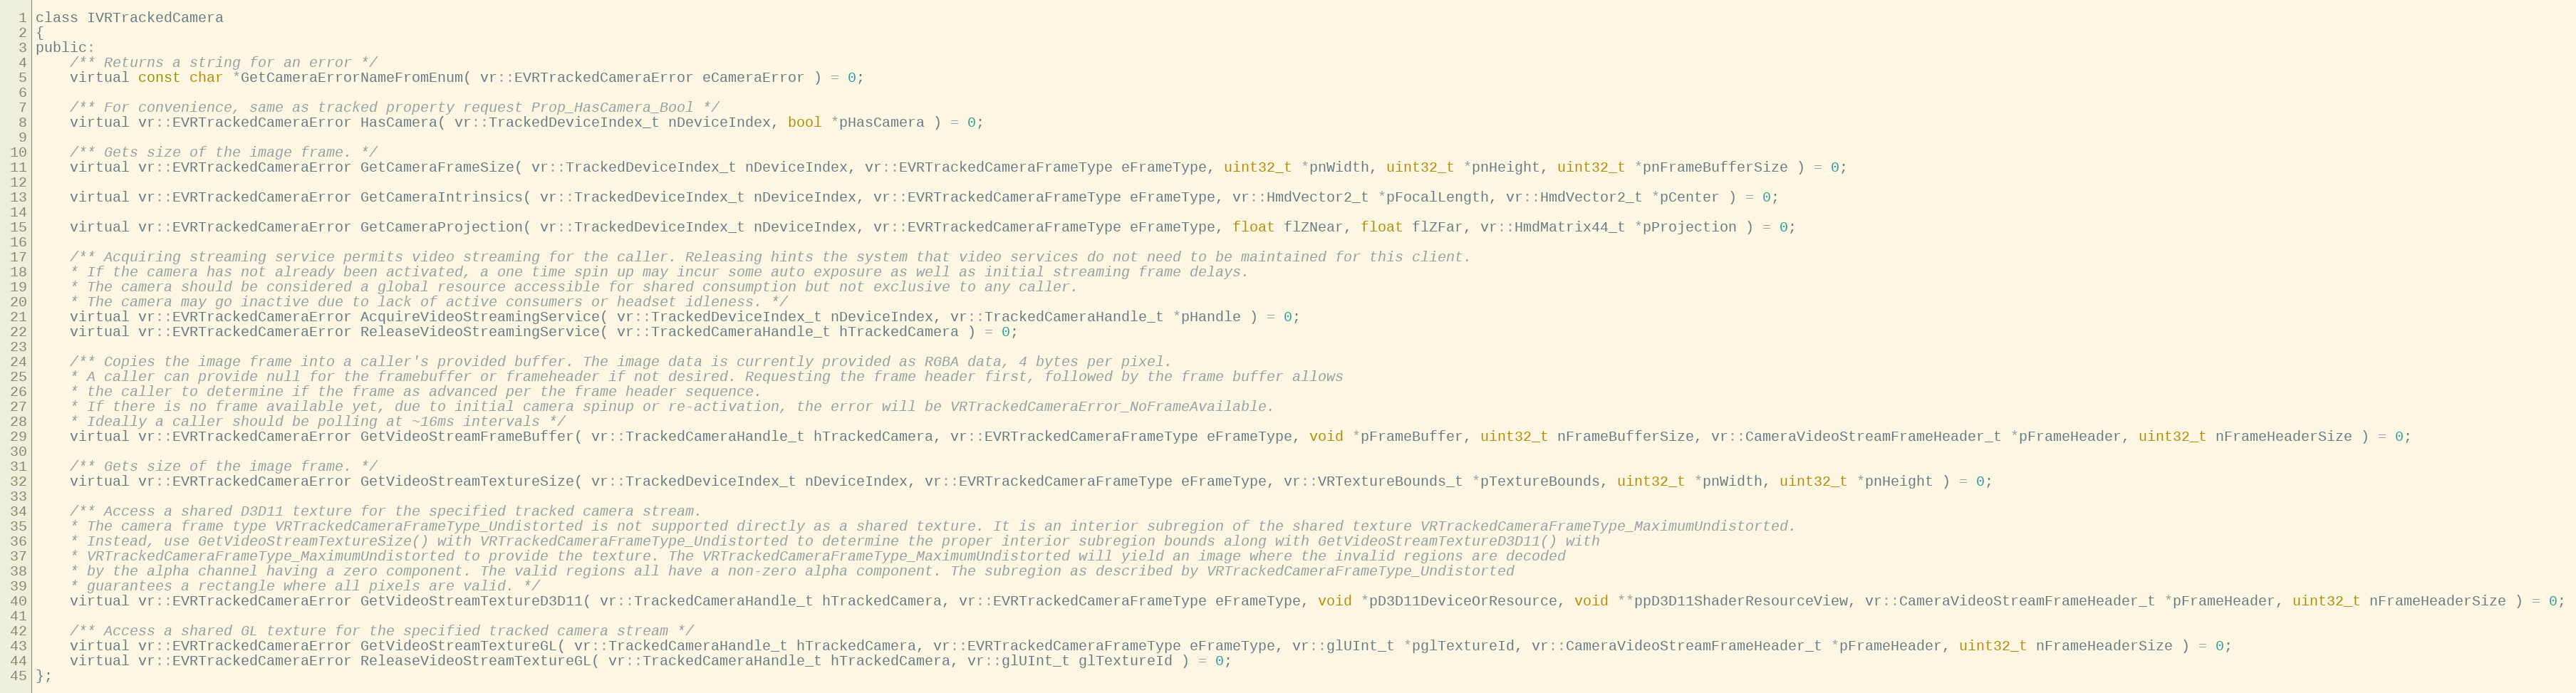
Language: C
class IVRTrackedCamera
{
public:
	/** Returns a string for an error */
	virtual const char *GetCameraErrorNameFromEnum( vr::EVRTrackedCameraError eCameraError ) = 0;

	/** For convenience, same as tracked property request Prop_HasCamera_Bool */
	virtual vr::EVRTrackedCameraError HasCamera( vr::TrackedDeviceIndex_t nDeviceIndex, bool *pHasCamera ) = 0;

	/** Gets size of the image frame. */
	virtual vr::EVRTrackedCameraError GetCameraFrameSize( vr::TrackedDeviceIndex_t nDeviceIndex, vr::EVRTrackedCameraFrameType eFrameType, uint32_t *pnWidth, uint32_t *pnHeight, uint32_t *pnFrameBufferSize ) = 0;

	virtual vr::EVRTrackedCameraError GetCameraIntrinsics( vr::TrackedDeviceIndex_t nDeviceIndex, vr::EVRTrackedCameraFrameType eFrameType, vr::HmdVector2_t *pFocalLength, vr::HmdVector2_t *pCenter ) = 0;

	virtual vr::EVRTrackedCameraError GetCameraProjection( vr::TrackedDeviceIndex_t nDeviceIndex, vr::EVRTrackedCameraFrameType eFrameType, float flZNear, float flZFar, vr::HmdMatrix44_t *pProjection ) = 0;

	/** Acquiring streaming service permits video streaming for the caller. Releasing hints the system that video services do not need to be maintained for this client.
	* If the camera has not already been activated, a one time spin up may incur some auto exposure as well as initial streaming frame delays.
	* The camera should be considered a global resource accessible for shared consumption but not exclusive to any caller.
	* The camera may go inactive due to lack of active consumers or headset idleness. */
	virtual vr::EVRTrackedCameraError AcquireVideoStreamingService( vr::TrackedDeviceIndex_t nDeviceIndex, vr::TrackedCameraHandle_t *pHandle ) = 0;
	virtual vr::EVRTrackedCameraError ReleaseVideoStreamingService( vr::TrackedCameraHandle_t hTrackedCamera ) = 0;

	/** Copies the image frame into a caller's provided buffer. The image data is currently provided as RGBA data, 4 bytes per pixel.
	* A caller can provide null for the framebuffer or frameheader if not desired. Requesting the frame header first, followed by the frame buffer allows
	* the caller to determine if the frame as advanced per the frame header sequence.
	* If there is no frame available yet, due to initial camera spinup or re-activation, the error will be VRTrackedCameraError_NoFrameAvailable.
	* Ideally a caller should be polling at ~16ms intervals */
	virtual vr::EVRTrackedCameraError GetVideoStreamFrameBuffer( vr::TrackedCameraHandle_t hTrackedCamera, vr::EVRTrackedCameraFrameType eFrameType, void *pFrameBuffer, uint32_t nFrameBufferSize, vr::CameraVideoStreamFrameHeader_t *pFrameHeader, uint32_t nFrameHeaderSize ) = 0;

	/** Gets size of the image frame. */
	virtual vr::EVRTrackedCameraError GetVideoStreamTextureSize( vr::TrackedDeviceIndex_t nDeviceIndex, vr::EVRTrackedCameraFrameType eFrameType, vr::VRTextureBounds_t *pTextureBounds, uint32_t *pnWidth, uint32_t *pnHeight ) = 0;

	/** Access a shared D3D11 texture for the specified tracked camera stream.
	* The camera frame type VRTrackedCameraFrameType_Undistorted is not supported directly as a shared texture. It is an interior subregion of the shared texture VRTrackedCameraFrameType_MaximumUndistorted.
	* Instead, use GetVideoStreamTextureSize() with VRTrackedCameraFrameType_Undistorted to determine the proper interior subregion bounds along with GetVideoStreamTextureD3D11() with
	* VRTrackedCameraFrameType_MaximumUndistorted to provide the texture. The VRTrackedCameraFrameType_MaximumUndistorted will yield an image where the invalid regions are decoded
	* by the alpha channel having a zero component. The valid regions all have a non-zero alpha component. The subregion as described by VRTrackedCameraFrameType_Undistorted
	* guarantees a rectangle where all pixels are valid. */
	virtual vr::EVRTrackedCameraError GetVideoStreamTextureD3D11( vr::TrackedCameraHandle_t hTrackedCamera, vr::EVRTrackedCameraFrameType eFrameType, void *pD3D11DeviceOrResource, void **ppD3D11ShaderResourceView, vr::CameraVideoStreamFrameHeader_t *pFrameHeader, uint32_t nFrameHeaderSize ) = 0;

	/** Access a shared GL texture for the specified tracked camera stream */
	virtual vr::EVRTrackedCameraError GetVideoStreamTextureGL( vr::TrackedCameraHandle_t hTrackedCamera, vr::EVRTrackedCameraFrameType eFrameType, vr::glUInt_t *pglTextureId, vr::CameraVideoStreamFrameHeader_t *pFrameHeader, uint32_t nFrameHeaderSize ) = 0;
	virtual vr::EVRTrackedCameraError ReleaseVideoStreamTextureGL( vr::TrackedCameraHandle_t hTrackedCamera, vr::glUInt_t glTextureId ) = 0;
};